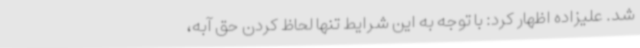
شد. علیزاده اظهار کرد: با توجه به این شرایط تنها لحاظ کردن حق آبه،